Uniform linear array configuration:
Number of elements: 4
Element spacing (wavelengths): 0.25
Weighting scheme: exponential
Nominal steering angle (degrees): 15
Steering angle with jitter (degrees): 16.474
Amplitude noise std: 0.05
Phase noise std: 0.05

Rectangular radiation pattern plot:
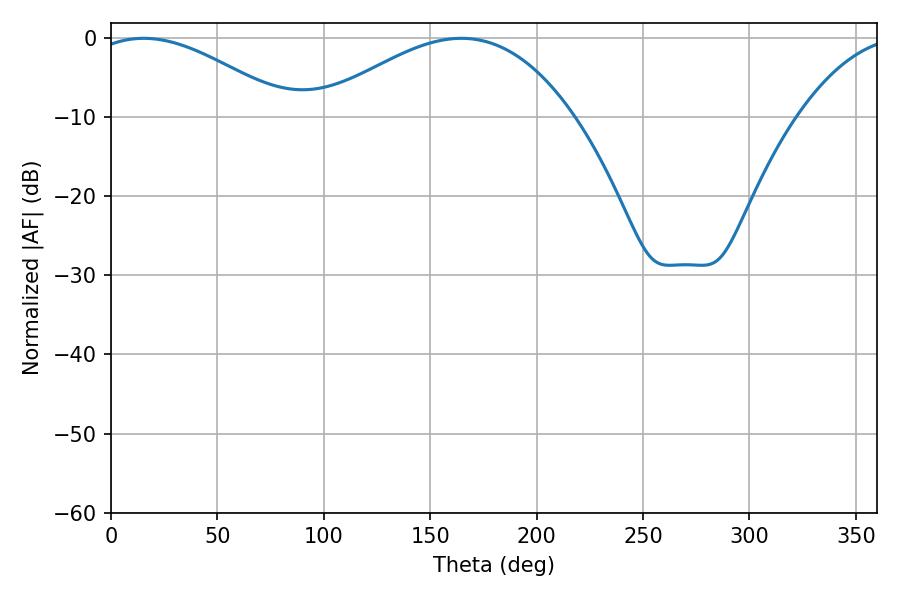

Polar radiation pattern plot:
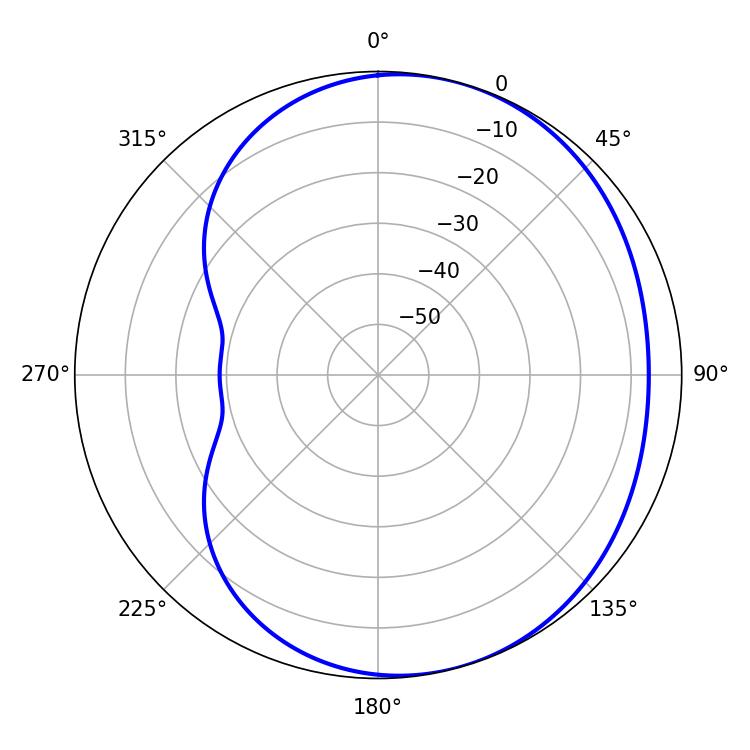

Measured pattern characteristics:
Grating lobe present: FALSE
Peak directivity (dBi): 3.911
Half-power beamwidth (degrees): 51.48
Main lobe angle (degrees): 15.3